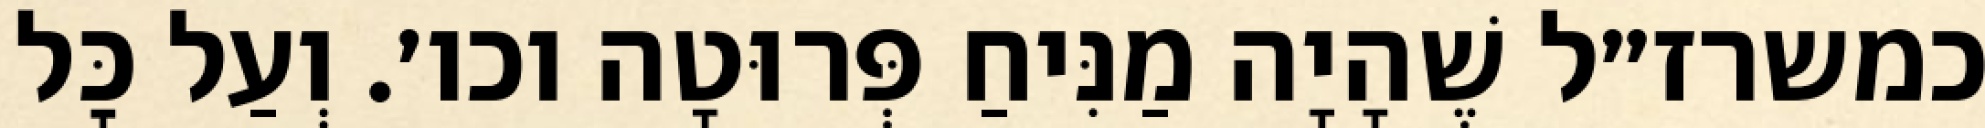
כמשרז״ל שֶׁהָיָה מַנִּיחַ פְּרוּטָה וכו׳. וְעַל כׇּל